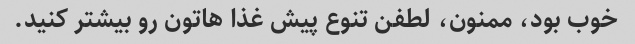
خوب بود، ممنون، لطفن تنوع پیش غذا هاتون رو بیشتر کنید.